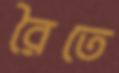
রৈতে